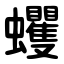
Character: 蠼